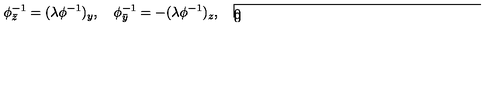
\phi _ { \bar { z } } ^ { - 1 } = ( \lambda \phi ^ { - 1 } ) _ { y } , \quad \phi _ { \bar { y } } ^ { - 1 } = - ( \lambda \phi ^ { - 1 } ) _ { z } , \quad \framebox ( 1 0 , 1 0 ) { } \phi ^ { - 1 } = 0